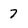
Character: 7